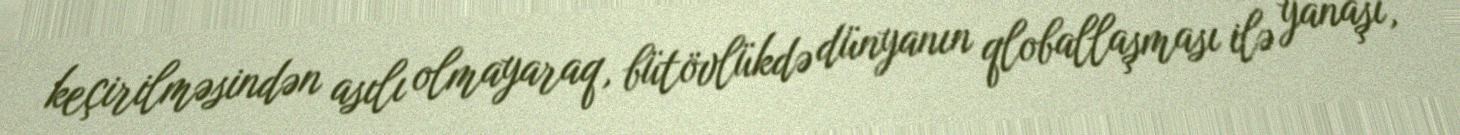
keçirilməsindən asılı olmayaraq, bütövlükdə dünyanın qloballaşması ilə yanaşı,